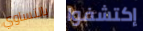
بالتساوي إكتشفوا